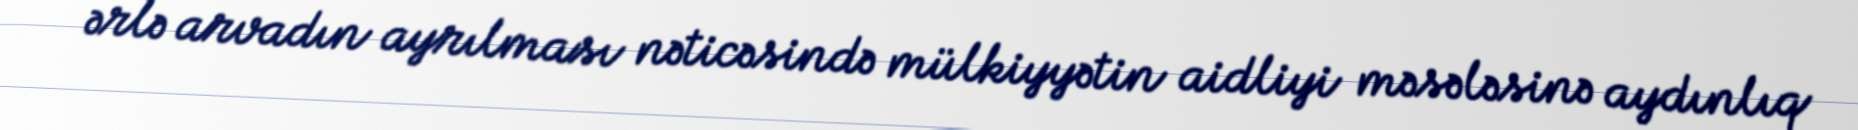
ərlə arvadın ayrılması nəticəsində mülkiyyətin aidliyi məsələsinə aydınlıq